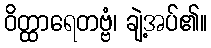
ဝိတ္ထာရေတဗ္ဗံ၊ ချဲ့အပ်၏။